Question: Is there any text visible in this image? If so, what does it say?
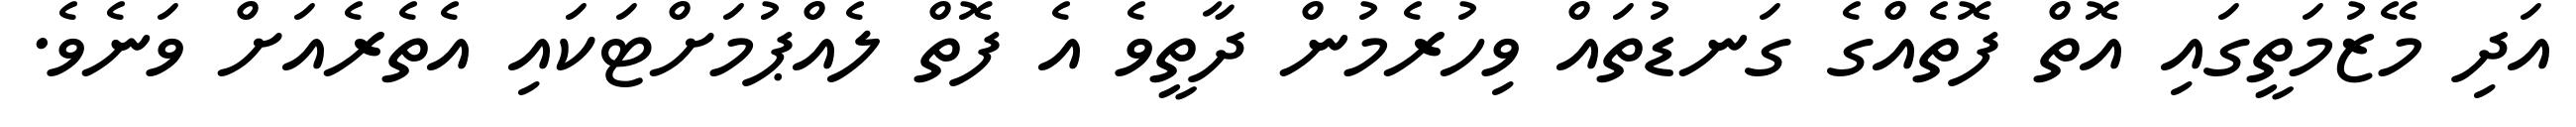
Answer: އަދި މޭޒުމަތީގައި އޮތް ފޮތެއްގެ ގަނޑުތައް ވިހުރެމުން ދާތީވެ އެ ފޮތް ލެއްޕުމަށްޓަކައި އެތެރެއަށް ވަނެވެ.